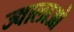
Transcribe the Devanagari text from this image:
ज्वालाओ